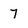
Character: 7